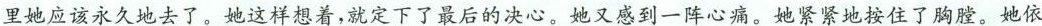
里她应该永久地去了。她这样想着，就定下了最后的决心。她又感到一阵心痛。她紧紧地按住了胸膛。她依